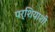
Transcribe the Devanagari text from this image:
पर्शियाशी